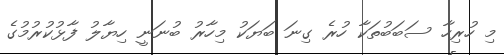
މި ހުރިހާ ސަބަބުތަކާ ހުރެ ގިނަ ބަޔަކު މިހާރު ބުނަނީ ހިޔާލު ފާޅުކުރުމުގެ